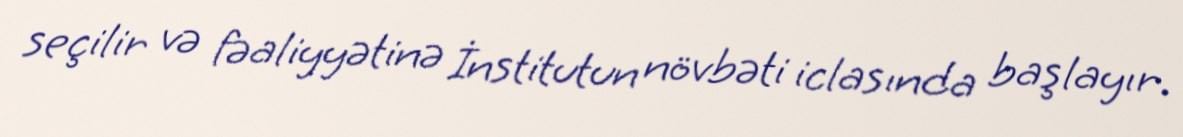
seçilir və fəaliyyətinə İnstitutun növbəti iclasında başlayır.